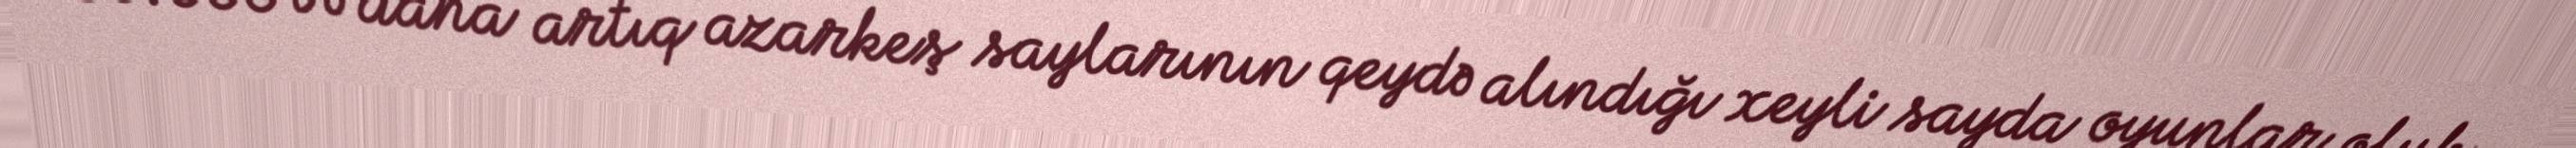
30.000 və daha artıq azarkeş saylarının qeydə alındığı xeyli sayda oyunlar olub.